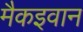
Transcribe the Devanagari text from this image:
मैकइवान